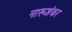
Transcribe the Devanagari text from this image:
नारूशंकर